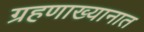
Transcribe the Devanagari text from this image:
ग्रहणाख्यानात